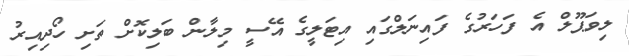
ލިވަޕޫލް އެ ފަހަރުގެ ފައިނަލްގައި އިޓަލީގެ އޭސީ މިލާން ބަލިކޮށް ތަށި ހޯދިއިރު